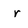
Character: r